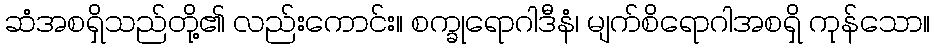
ဆံအစရှိသည်တို့၏ လည်းကောင်း။ စက္ခုရောဂါဒီနံ၊ မျက်စိရောဂါအစရှိ ကုန်သော။